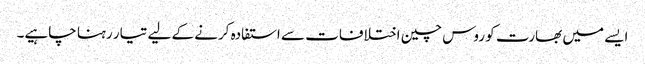
ایسے میں بھارت کو روس چین اختلافات سے استفادہ کرنے کے لیے تیار رہنا چاہیے۔